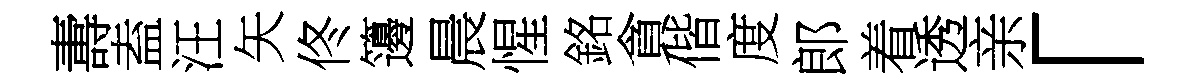
夀盍汪矢佟籩晨惺銘貪偕度郎着透亲「